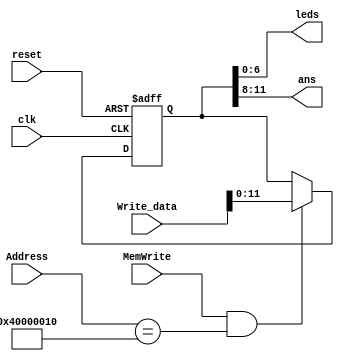
`timescale 1ns / 1ps
//////////////////////////////////////////////////////////////////////////////////
// Company: 
// Engineer: 
// 
// Design Name: 
// Module Name: BCD_display
// Project Name: 
// Target Devices: 
// Tool Versions: 
// Description: 
// 
// Dependencies: 
// 
// Revision:
// Revision 0.01 - File Created
// Additional Comments:
// 
//////////////////////////////////////////////////////////////////////////////////


module BCD_display(reset, clk, Address, Write_data, MemWrite, leds , ans);
	input reset, clk;
    input [31:0]  Address, Write_data;
    input MemWrite;
    output [6:0] leds;
    output [3:0] ans;
    
    reg [11:0] num;
    assign leds = num[6:0];
    assign ans = num[11:8];
    
    
    always @(posedge reset or posedge clk)
		if (reset)
           num <= 12'h0;
        else
            if(MemWrite&&Address==32'h40000010)
                num <= Write_data[11:0];          
endmodule